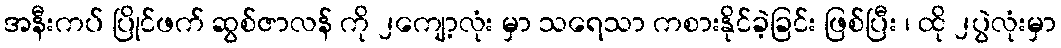
အနီးကပ် ပြိုင်ဖက် ဆွစ်ဇာလန် ကို ၂ကျော့လုံး မှာ သရေသာ ကစားနိုင်ခဲ့ခြင်း ဖြစ်ပြီး ၊ ထို ၂ပွဲလုံးမှာ